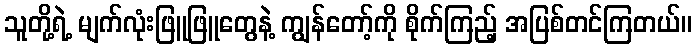
သူတို့ရဲ့ မျက်လုံးဖြူဖြူတွေနဲ့ ကျွန်တော့်ကို စိုက်ကြည့် အပြစ်တင်ကြတယ်။